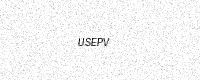
Text: USEPV